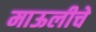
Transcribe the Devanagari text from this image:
माऊलीचे